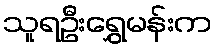
သူရဦးရွှေမန်းက